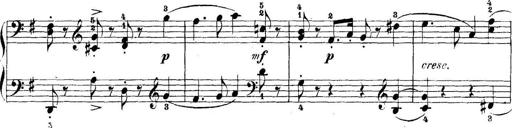
Title: 5 Sonatinas
Composer: Theodor Kirchner